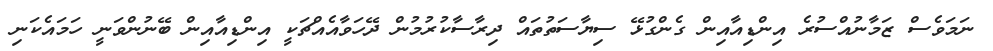
ނަމަވެސް ޒަމާނުއްސުރެ އިންޑިއާއިން ގެންގުޅޭ ސިޔާސަތުތައް ދިރާސާކުރުމުން ދޭހަވާއެއްޗަކީ އިންޑިއާއިން ބޭނުންވަނީ ހަމައެކަނި